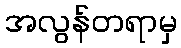
အလွန်တရာမှ